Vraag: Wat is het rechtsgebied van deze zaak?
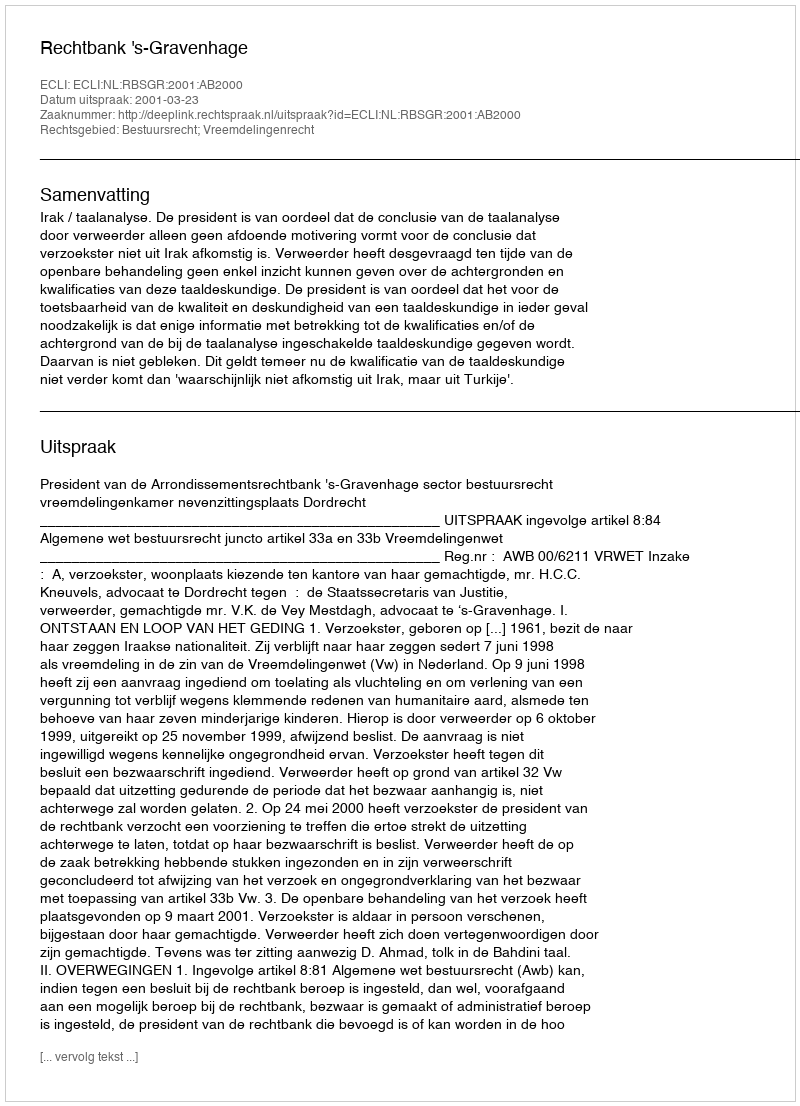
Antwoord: Bestuursrecht; Vreemdelingenrecht